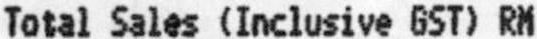
TOTAL SALES (INCLUSIVE GST) RM